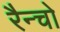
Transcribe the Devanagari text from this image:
रैन्चो